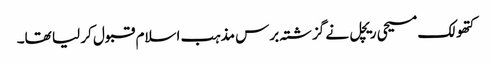
کتھولک مسیحی ریچل نے گزشتہ برس مذہب اسلام قبول کر لیا تھا۔